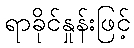
ရာခိုင်နှုန်းဖြင့်